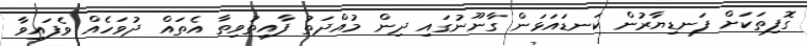
ގޮފިތަކަށް ފަނޑިޔާރުން ކަނޑައަޅަން ގާނޫނުގައި ދިން މުއްދަތު ފާއިތުވިތާ އެތައް ދުވަހެއް ވެފައިވާ